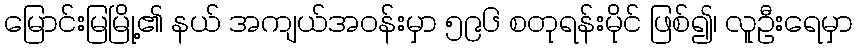
မြောင်းမြမြို့၏ နယ် အကျယ်အဝန်းမှာ ၅၉၆ စတုရန်းမိုင် ဖြစ်၍၊ လူဦးရေမှာ